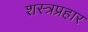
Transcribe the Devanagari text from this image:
शस्त्रप्रहार